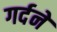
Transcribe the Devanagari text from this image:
गर्दने